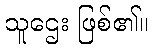
သူဌေး ဖြစ်၏။